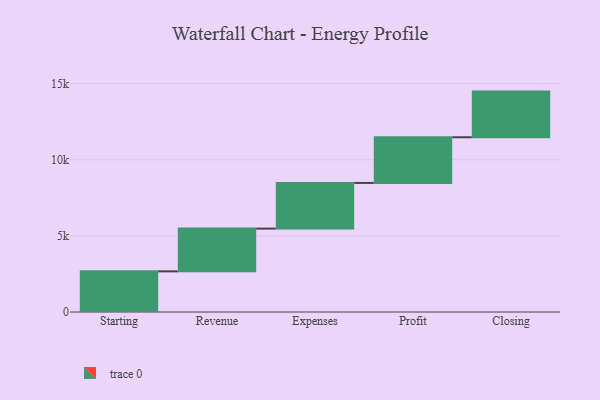
{"axis": {"x": "Step", "y": "Value"}, "legend": [""], "data": [{"x": "Starting", "y": 2671.0, "type": ""}, {"x": "Revenue", "y": 2807.0, "type": ""}, {"x": "Expenses", "y": 3000, "type": ""}, {"x": "Profit", "y": 3000, "type": ""}, {"x": "Closing", "y": 3000, "type": ""}]}